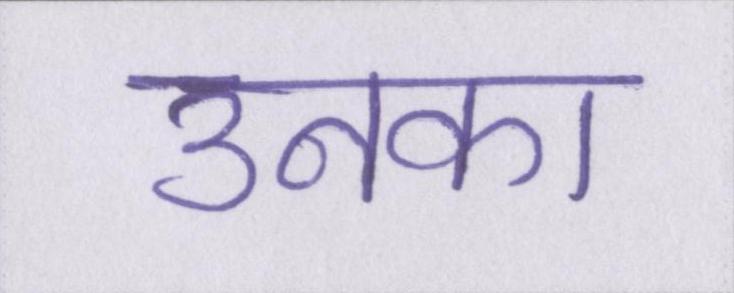
उनका